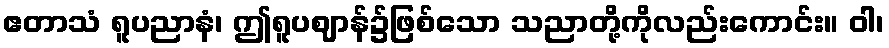
ဧတာသံ ရူပညာနံ၊ ဤရူပဈာန်၌ဖြစ်သော သညာတို့ကိုလည်းကောင်း။ ဝါ၊